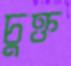
চুক্ত